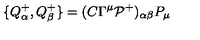
\{ Q _ { \alpha } ^ { + } , Q _ { \beta } ^ { + } \} = ( C \Gamma ^ { \mu } { \cal P } ^ { + } ) _ { \alpha \beta } P _ { \mu }